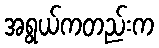
အရွယ်ကတည်းက